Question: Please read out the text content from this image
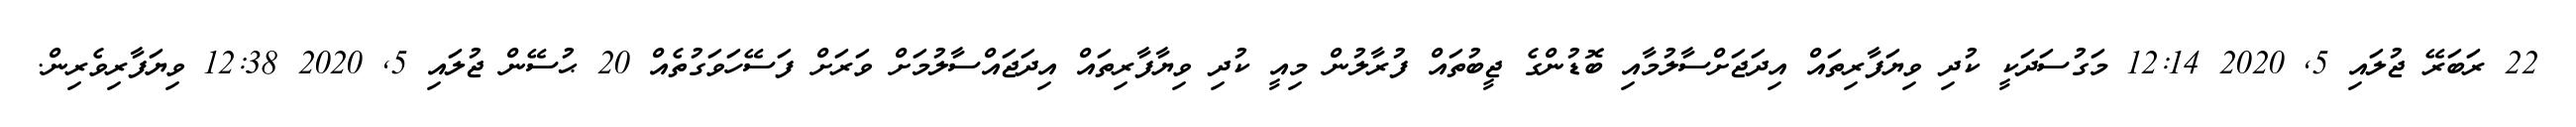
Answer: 22 ރަބަރޭ ޖުލައި 5, 2020 12:14 މަގުސަދަކީ ކުދި ވިޔަފާރިތައް އިދަޖަށްސާލުމާއި ބޮޑުންގެ ޖީބުތައް ފުރާލުން މިއީ ކުދި ވިޔާފާރިތައް އިދަޖައްސާލުމަށް ވަރަށް ފަސޭހަވަގުތެއް 20 ޙުސޭން ޖުލައި 5, 2020 12:38 ވިޔަފާރިވެރިން.